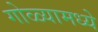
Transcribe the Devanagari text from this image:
गोळ्यामध्ये